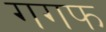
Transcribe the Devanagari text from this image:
गगफ